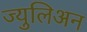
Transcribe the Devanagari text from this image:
ज्युलिअन